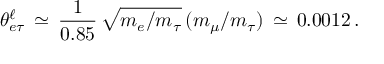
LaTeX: \theta _ { e \tau } ^ { \ell } \, \simeq \, \frac { 1 } { 0 . 8 5 } \, \sqrt { m _ { e } / m _ { \tau } } \, ( m _ { \mu } / m _ { \tau } ) \, \simeq \, 0 . 0 0 1 2 \, .